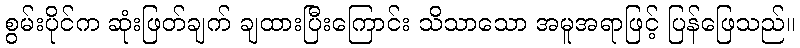
စွမ်းပိုင်က ဆုံးဖြတ်ချက် ချထားပြီးကြောင်း သိသာသော အမူအရာဖြင့် ပြန်ဖြေသည်။